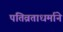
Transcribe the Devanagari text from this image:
पतिव्रताधर्माने